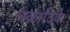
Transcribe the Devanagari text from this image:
चक्रादिके